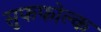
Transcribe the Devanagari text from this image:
सुफफोल्क